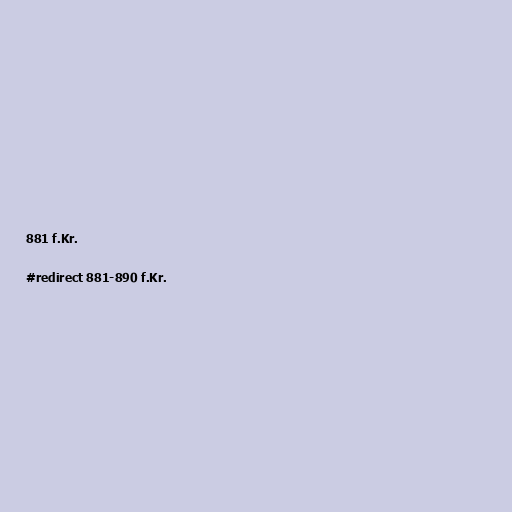
881 f.Kr.

#redirect 881-890 f.Kr.